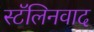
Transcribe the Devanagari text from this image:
स्टॅलिनवाद